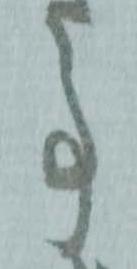
事